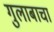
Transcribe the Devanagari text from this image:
गुलाबाचा